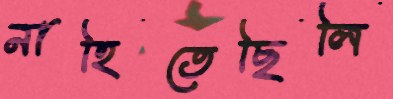
নাহিতেছিলি